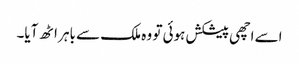
اسے اچھی پیشکش ہوئی تو وہ ملک سے باہر اٹھ آیا۔